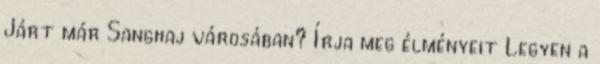
Járt már Sanghaj városában? Írja meg élményeit Legyen a